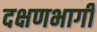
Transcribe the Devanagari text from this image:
दक्षणभागी